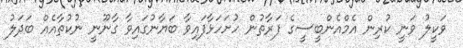
ވަކީލު ވަނީ ކުރިން އެމްއެންބީސީގެ ފަރާތުން ހުށަހަޅާފައިވާ ބަޔާނުގައިވާ ގާނޫނީ ނުކުތާއެއް ބަދަލު